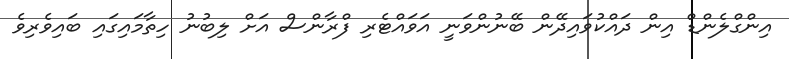
އިންގްލެންޑް އިން ދަައްކުވައިދޭން ބޭނުންވަނީ އަވައްޓެރި ފްރާންސް އަށް ލިބުނު ހިތާމައިގައި ބައިވެރިވެ